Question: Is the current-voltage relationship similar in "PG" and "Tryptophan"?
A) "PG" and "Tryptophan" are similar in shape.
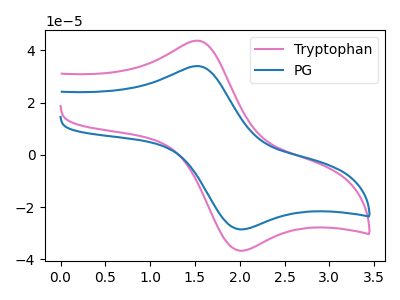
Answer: <think>The pink curve "Tryptophan" has an anodic peak at (1.50V, 43.75uA) and a cathodic peak at (2.00V, -36.80uA). The blue curve "PG" has an anodic peak at (1.50V, 34.00uA) and a cathodic peak at (2.00V, -28.60uA).
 All the peaks in "PG" have a peak in "Tryptophan" at the same potential. Every peak in "PG" is lower than every peak in "Tryptophan".</think>
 <answer>A) "PG" and "Tryptophan" are similar in shape.</answer>
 <eval>A</eval>